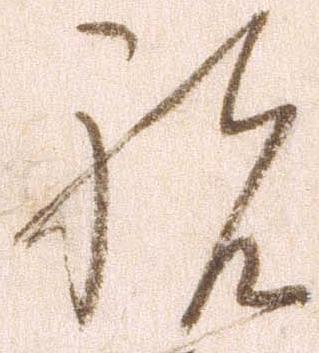
祝